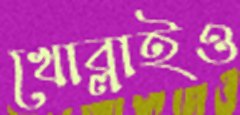
খোব্‌লাইও